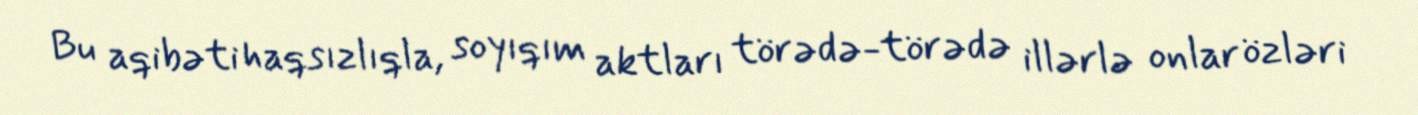
Bu aqibəti haqsızlıqla, soyıqım aktları törədə-törədə illərlə onlar özləri